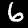
Label: 6